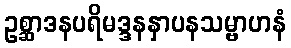
ဥစ္ဆာဒနပရိမဒ္ဒနနှာပနသမ္ဗာဟနံ